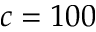
c = 1 0 0